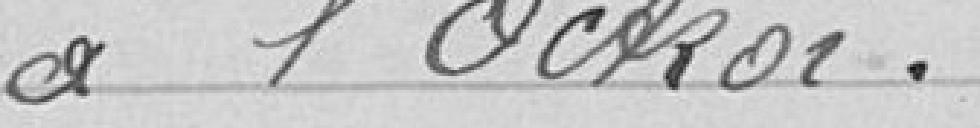
à l'Octroi.